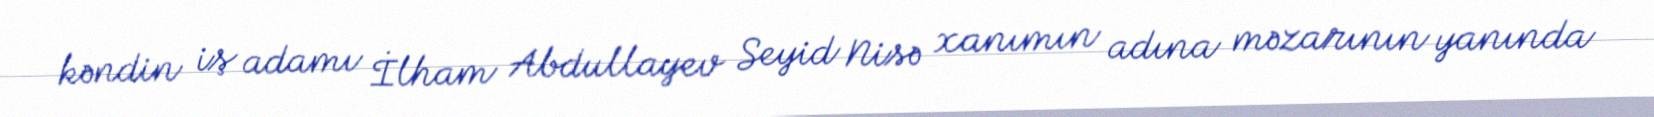
kəndin iş adamı İlham Abdullayev Seyid Nisə xanımın adına məzarının yanında